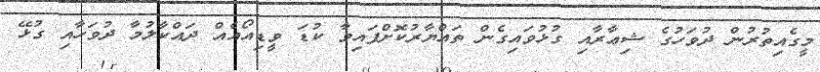
މީގެއިތުރުން ދުވަހުގެ ޝިޢާރާއި ގުޅުވައިގެން ތައްޔާރުކޮށްފައިވާ ކުޑަ ވީޑިއޯއެއް ދައްކާލުމާ ދުވަހާއި ގުޅޭ